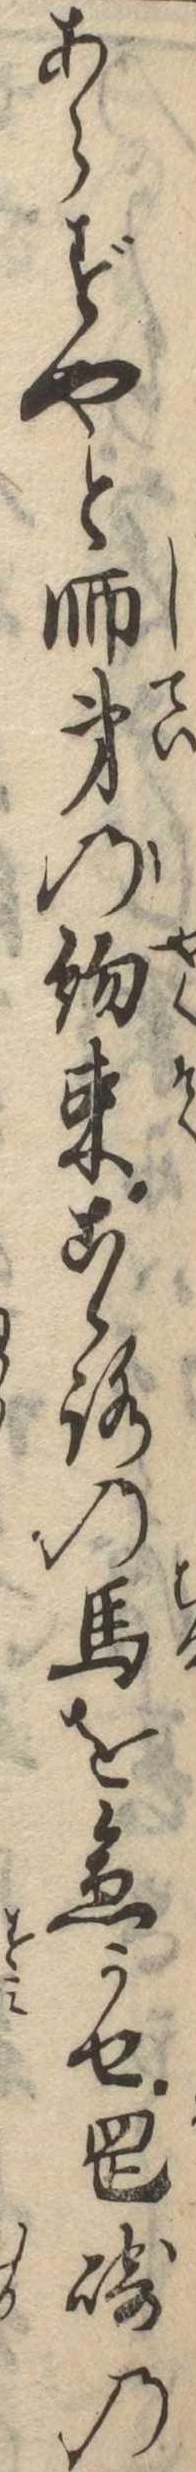
あらずやと師弟の約束こゝろの馬を急かせ岡崎の